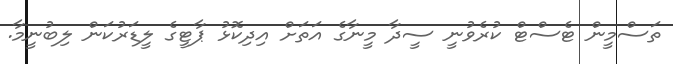
ތަސްމީން ޓެސްޓް ކުރެވުނީ ސީދާ މީނާގެ އަތަށް އިދިކޮޅު ޕާޓީގެ ލީޑަރުކަން ލިބުނީމާ.